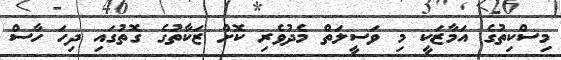
މިސްކިތުގެ އަމާޒަކީ މި ވަސީލަތް މެދުވެރި ކޮށް ޒަކާތުގެ ގޮތުގައި ދިހަ ހާސް